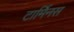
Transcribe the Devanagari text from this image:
टार्मिनस